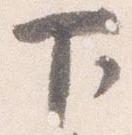
下